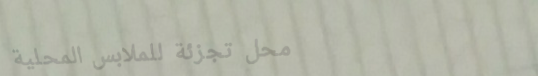
محل تجزئة للملابس المحلية